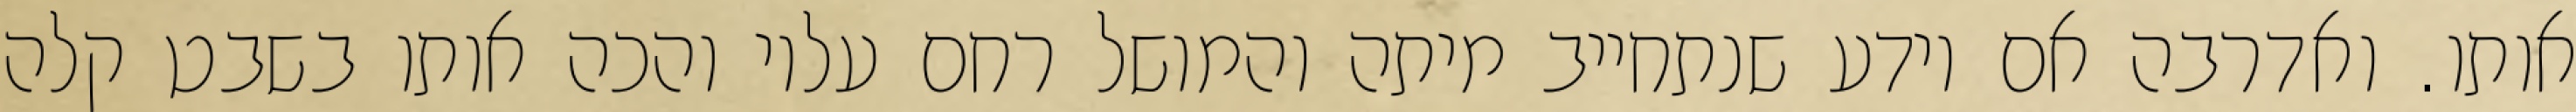
אותו. ואדרבה אם יודע שנתחייב מיתה והמושל רחם עליו והכה אותו בשבט קלה